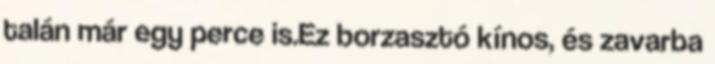
talán már egy perce is.Ez borzasztó kínos, és zavarba